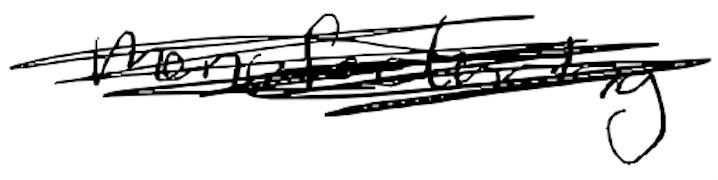
Text: manufacturing
Cross-out: scratch
Writing tool: digital_black